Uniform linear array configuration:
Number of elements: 24
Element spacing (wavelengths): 1
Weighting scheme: uniform
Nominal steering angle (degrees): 15
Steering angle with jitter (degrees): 16.055
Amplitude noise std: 0.05
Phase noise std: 0.05

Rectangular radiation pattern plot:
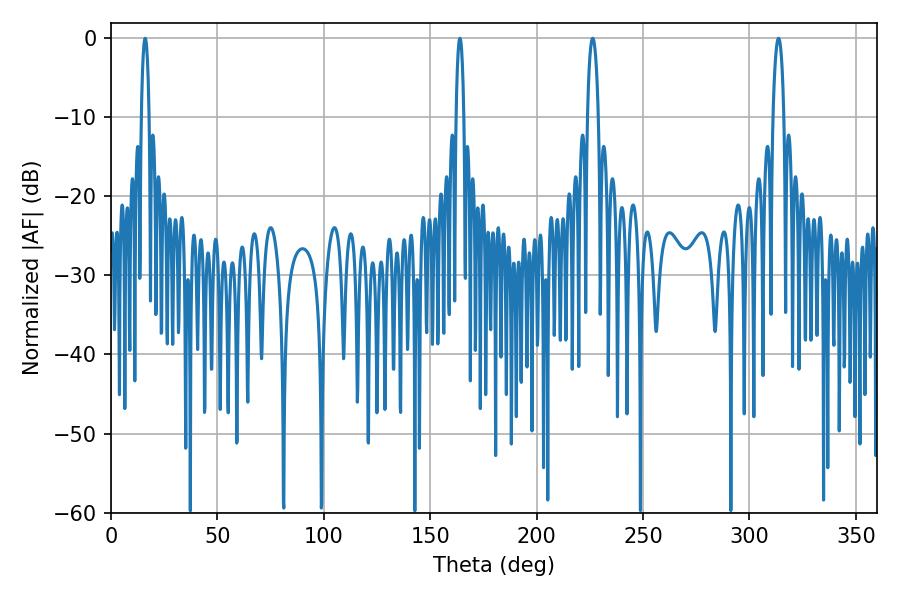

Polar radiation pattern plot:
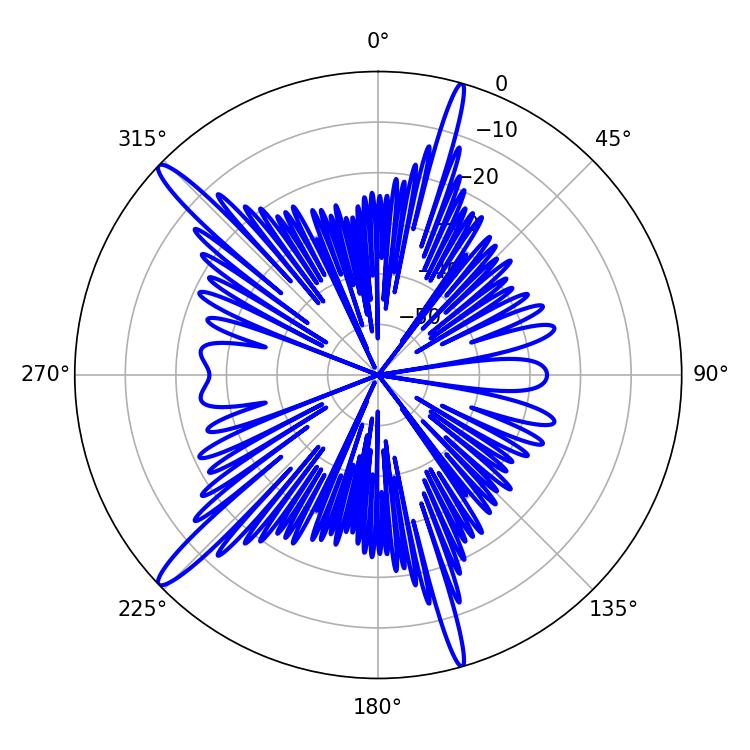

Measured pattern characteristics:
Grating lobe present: TRUE
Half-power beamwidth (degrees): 1.98
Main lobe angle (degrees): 16.02